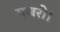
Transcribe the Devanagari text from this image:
गजरी।